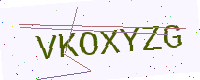
Text: VKOXYZG